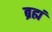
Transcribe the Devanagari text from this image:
ब्रह्मं